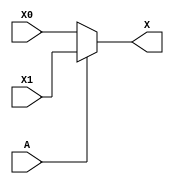
module mux2to1 (A, X1, X0, X);
  input A;
  input X1;
  input X0;
  output X;
  
  assign X = A ? X1 : X0;
  
endmodule